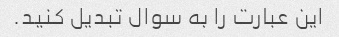
این عبارت را به سوال تبدیل کنید.